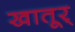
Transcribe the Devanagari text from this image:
खातूर्